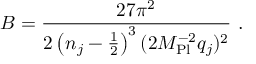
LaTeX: B = \frac { 2 7 \pi ^ { 2 } } { 2 \left( n _ { j } - \frac { 1 } { 2 } \right) ^ { 3 } ( 2 M _ { \mathrm { P l } } ^ { - 2 } q _ { j } ) ^ { 2 } } \ .